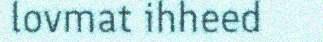
lovmat ihheed